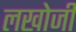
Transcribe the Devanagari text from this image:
लखोजी